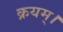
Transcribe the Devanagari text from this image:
क्रयम्।